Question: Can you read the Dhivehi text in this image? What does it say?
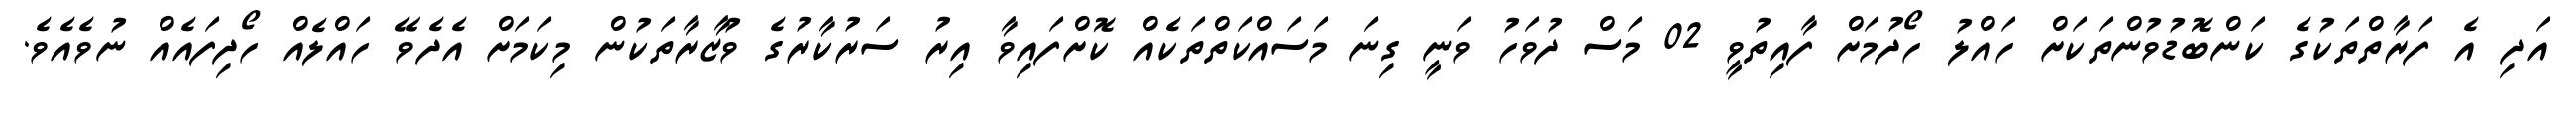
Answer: އަދި އެ ފަރާތްތަކުގެ ކަންބޮޑުވުންތަކަށް ހައްލު ހޯދުމަށް ފާއިތުވީ 02 މަސް ދުވަހު ވަނީ ގިނަ މަސައްކަތްތަކެއް ކޮށްފައިވާ އިރު ސަރުކާރުގެ ވުޒާރާތަކުން މިކަމަށް އެދެވޭ ހައްލެއް ހޯދިފައެއް ނުވެއެވެ.